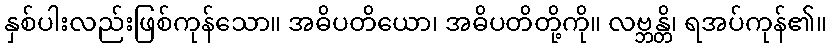
နှစ်ပါးလည်းဖြစ်ကုန်သော။ အဓိပတိယော၊ အဓိပတိတို့ကို။ လဗ္ဘန္တိ၊ ရအပ်ကုန်၏။